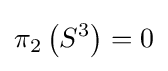
\pi _{2}\left(S^{3}\right)=0